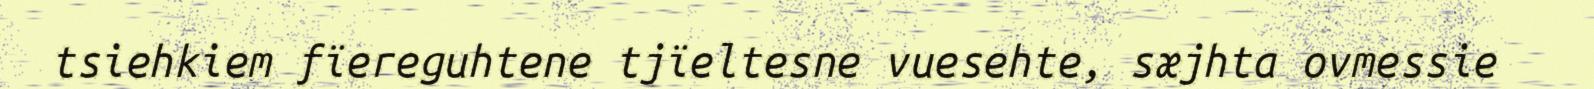
tsiehkiem fïereguhtene tjïeltesne vuesehte, sæjhta ovmessie